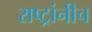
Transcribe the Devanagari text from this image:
राष्ट्रांनीच